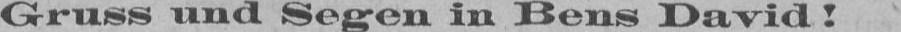
Gruss und Segen in Bens David!